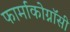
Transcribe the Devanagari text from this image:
फार्माकोग्नॉसी